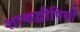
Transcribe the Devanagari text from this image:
शाकद्वीपियों